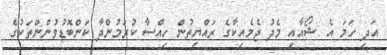
އަދި ހަމަ އެ ޝޯއާއި މެދު ޖެމެއިކާގެ ރައްޔިތުން ހިއްސާ ކުރަމުންދާ ކަންބޮޑުވުންންތަކުގެ